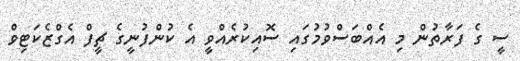
ސީ ގެ ފަރާތުން މި އެއްބަސްވުމުގައި ސޮއިކުރެއްވީ އެ ކުންފުނީގެ ޗީފް އެގްޒެކަޓިވް